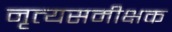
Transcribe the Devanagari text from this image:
नृत्यसमीक्षक